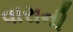
વારાની